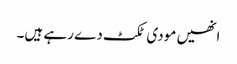
انھیں مودی ٹکٹ دے رہے ہیں۔